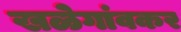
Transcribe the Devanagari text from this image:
खळेगांवकर